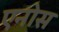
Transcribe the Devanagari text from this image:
एनोस